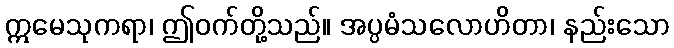
ဣမေသုကရာ၊ ဤဝက်တို့သည်။ အပ္ပမံသလောဟိတာ၊ နည်းသော